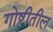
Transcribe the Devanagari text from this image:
गोष्टीतील